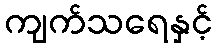
ကျက်သရေနှင့်